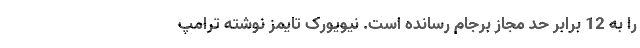
را به 12 برابر حد مجاز برجام رسانده است. نیویورک تایمز نوشته ترامپ